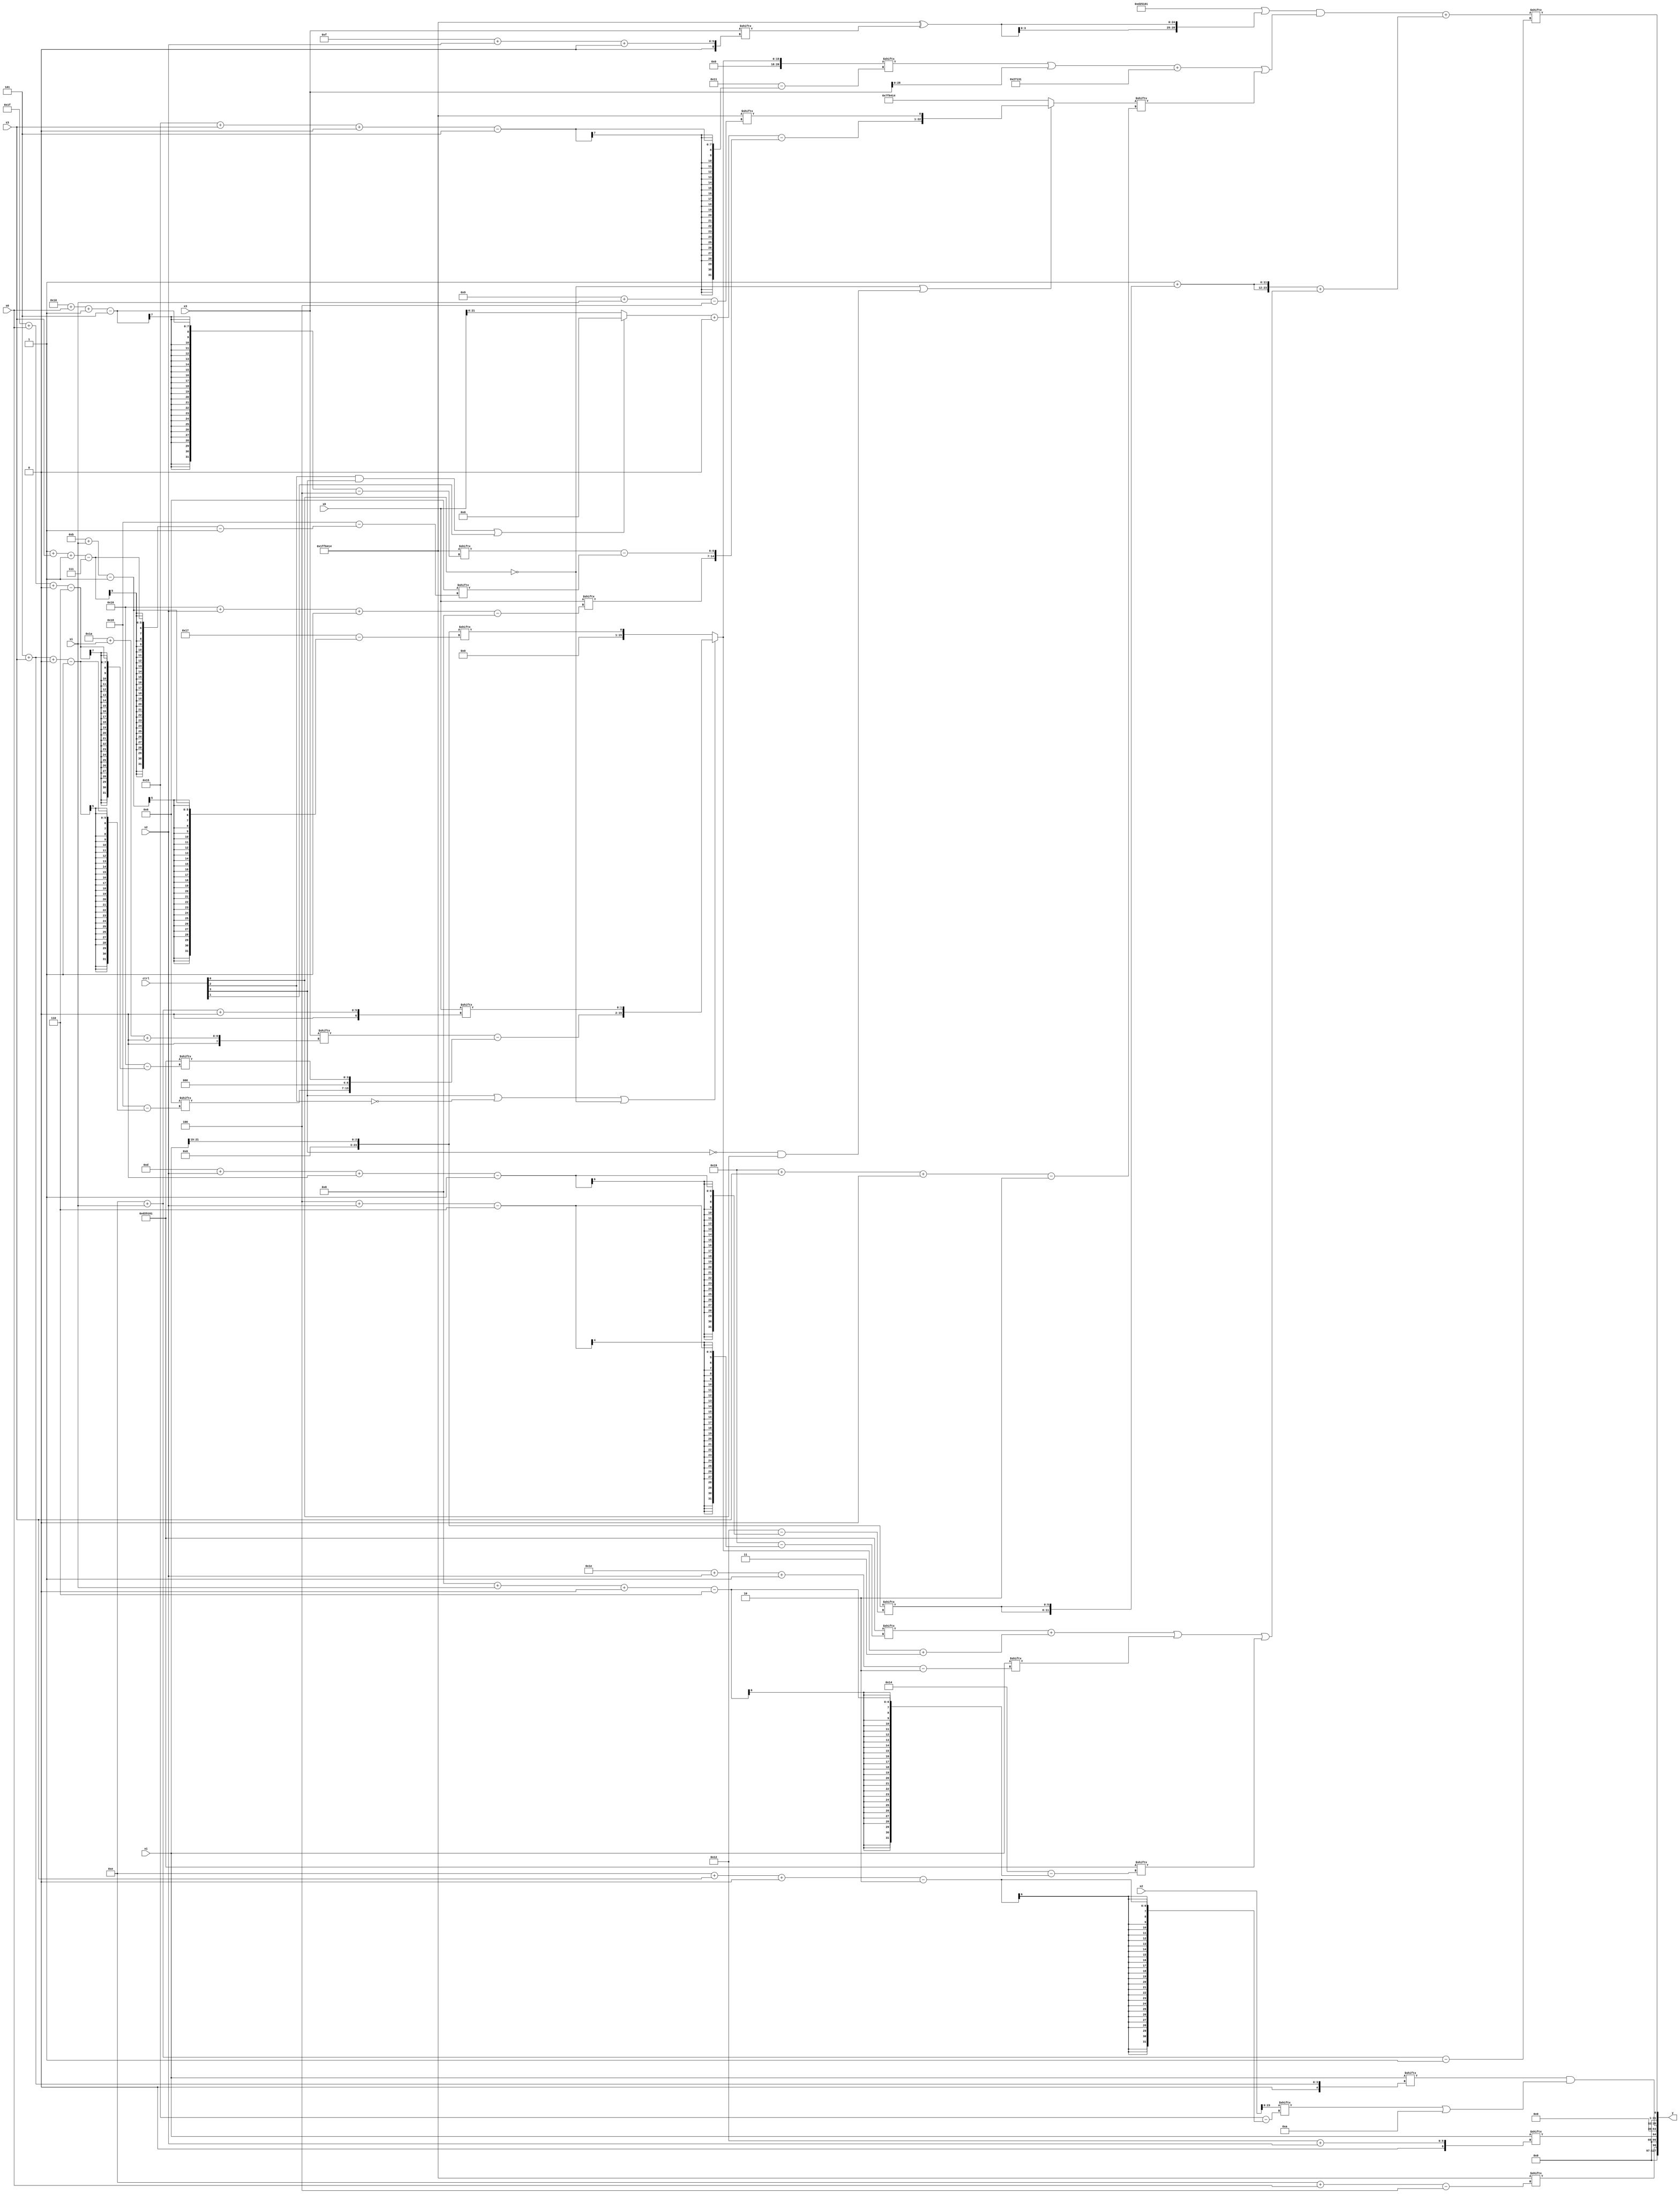
module partsel_00103(ctrl, s0, s1, s2, s3, x0, x1, x2, x3, y);
  input [3:0] ctrl;
  input [2:0] s0;
  input [2:0] s1;
  input [2:0] s2;
  input [2:0] s3;
  input [31:0] x0;
  input [31:0] x1;
  input signed [31:0] x2;
  input [31:0] x3;
  wire signed [1:31] x4;
  wire [2:25] x5;
  wire signed [1:24] x6;
  wire [5:25] x7;
  wire signed [2:29] x8;
  wire [24:6] x9;
  wire [3:27] x10;
  wire signed [24:2] x11;
  wire [29:1] x12;
  wire signed [28:0] x13;
  wire signed [26:1] x14;
  wire [24:4] x15;
  output [127:0] y;
  wire signed [31:0] y0;
  wire signed [31:0] y1;
  wire [31:0] y2;
  wire [31:0] y3;
  assign y = {y0,y1,y2,y3};
  localparam signed [28:4] p0 = 570385428;
  localparam signed [6:31] p1 = 684871937;
  localparam [5:25] p2 = 79851825;
  localparam [6:29] p3 = 644258373;
  assign x4 = p0[19 +: 3];
  assign x5 = x2;
  assign x6 = x1[19 +: 3];
  assign x7 = (ctrl[3] || !ctrl[2] || !ctrl[0] ? {(x3[26 + s1 +: 3] - {{x4[5 + s3 +: 7], x6[16 -: 3]}, p1[31 + s0 +: 4]}), x0[14 + s1 +: 2]} : x6[11 + s1]);
  assign x8 = x0;
  assign x9 = (x1[21 -: 3] + (!ctrl[3] || ctrl[0] && !ctrl[2] ? (p0[11 + s0 +: 6] - (p3[7 + s1] ^ (p2[21 -: 2] ^ x5[11]))) : (p0 + ((p1 - x4[3 + s1 -: 5]) + p0[13 -: 2]))));
  assign x10 = (ctrl[0] || !ctrl[2] && ctrl[2] ? p1[5 + s2] : p2[15 + s0]);
  assign x11 = (!ctrl[0] || !ctrl[3] && ctrl[0] ? {(((ctrl[2] && ctrl[3] || ctrl[1] ? p3[13] : x0) + p2[9 +: 2]) - {x0[22 + s2 -: 8], (p0[16 + s0 -: 5] - x4[1 + s3 -: 7])}), p0[9 + s1]} : {x3[19], p0});
  assign x12 = (((p1 | {2{(p0 ^ x3[15 + s2 +: 4])}}) & (((x7[21 + s3 +: 4] | x3) + {x4[14 +: 4], p2}) | x11[25 + s3 +: 8])) + ({2{(p2[12] + {2{x6[13 + s2 +: 6]}})}} + (((p1[4 + s2] + (x7 + p2[13 -: 2])) | x1[30 + s2 -: 2]) | p1[8 + s1 +: 6])));
  assign x13 = (x11[29 + s1 +: 4] ^ (p3 | p3));
  assign x14 = {2{x4[19 -: 2]}};
  assign x15 = {2{((ctrl[3] || ctrl[2] || ctrl[2] ? {x8[8 + s3 -: 8], {2{p2}}} : (x9[16 + s1] - {x13[23], (x3[14 -: 4] & x5)})) - {p2[7 + s2 +: 7], ((x11 | x2[20 -: 4]) | x2[28 + s3 -: 8])})}};
  assign y0 = p0[14 + s0];
  assign y1 = x1[18 + s2];
  assign y2 = (x1[5 + s3] & (x5[14 + s3 +: 3] | p1[9 +: 4]));
  assign y3 = x12[14 + s1];
endmodule